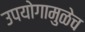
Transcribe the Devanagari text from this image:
उपयोगामुळेच